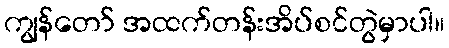
ကျွန်တော် အထက်တန်းအိပ်စင်တွဲမှာပါ။